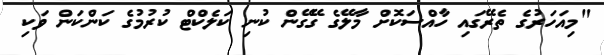
"މިއަހަރުގެ ތެރޭގައި ހާއްސަކޮށް މާލޭގެ ގޭގޭން ކުނި ކަލެކްޓް ކުރުމުގެ ކަންކަން ވަކި